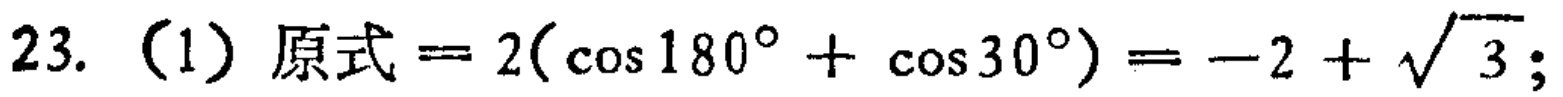
\(23. \text{（1）原式}=2(\cos180^{\circ}+\cos30^{\circ})=-2 + \sqrt{3};\)